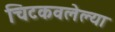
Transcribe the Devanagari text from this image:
चिटकवलेल्या